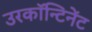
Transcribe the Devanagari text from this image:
उरकॉन्टिनेंट